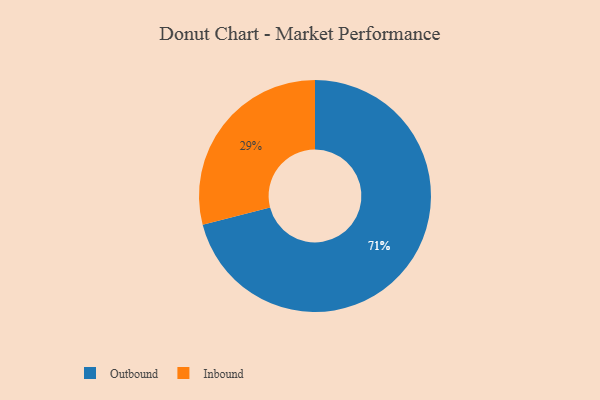
{"axis": {"x": "Category", "y": "Percentage"}, "legend": ["Inbound", "Outbound"], "data": [{"x": "Outbound", "y": 71, "type": "Outbound"}, {"x": "Inbound", "y": 29, "type": "Inbound"}]}